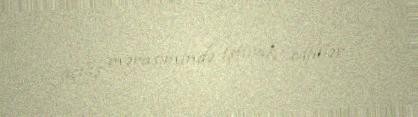
açılış mərasimində iştirak ediblər.